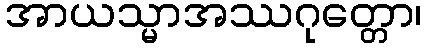
အာယသ္မာအဿဂုတ္တော၊